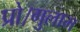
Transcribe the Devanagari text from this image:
प्रो।गुलाम